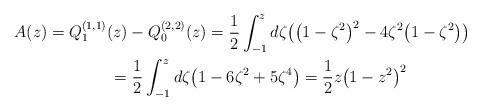
LaTeX: \begin{gather*} A(z) = Q_{1}^{(1,1) }(z) -Q_{0}^{( 2,2) }(z) =\frac{1}{2}\int_{-1}^{z} d\zeta \big( \big( 1-\zeta ^{2}\big) ^{2}-4\zeta ^{2}\big( 1-\zeta ^{2}\big) \big) \\\hphantom{A(z)}{}=\frac{1}{2}\int_{-1}^{z}d\zeta \big( 1-6\zeta ^{2}+5\zeta ^{4}\big) =\frac{1}{2}z\big( 1-z^{2}\big) ^{2}\end{gather*}